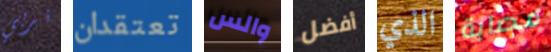
تربي تعتقدان والس أفضل الذي مصابة